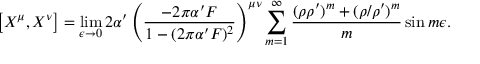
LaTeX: \left[ X ^ { \mu } , X ^ { \nu } \right] = \operatorname * { l i m } _ { \epsilon \rightarrow 0 } 2 \alpha ^ { \prime } \left( \frac { - 2 \pi \alpha ^ { \prime } F } { 1 - ( 2 \pi \alpha ^ { \prime } F ) ^ { 2 } } \right) ^ { \mu \nu } \sum _ { m = 1 } ^ { \infty } \frac { ( \rho \rho ^ { \prime } ) ^ { m } + ( \rho / \rho ^ { \prime } ) ^ { m } } { m } \sin m \epsilon .